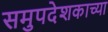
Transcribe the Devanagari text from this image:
समुपदेशकाच्या